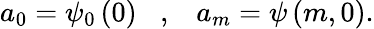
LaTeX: a_{0}=\psi_{0}\left(0\right)\; \; \; ,\; \; \; a_{m}=\psi\left(m,0\right).